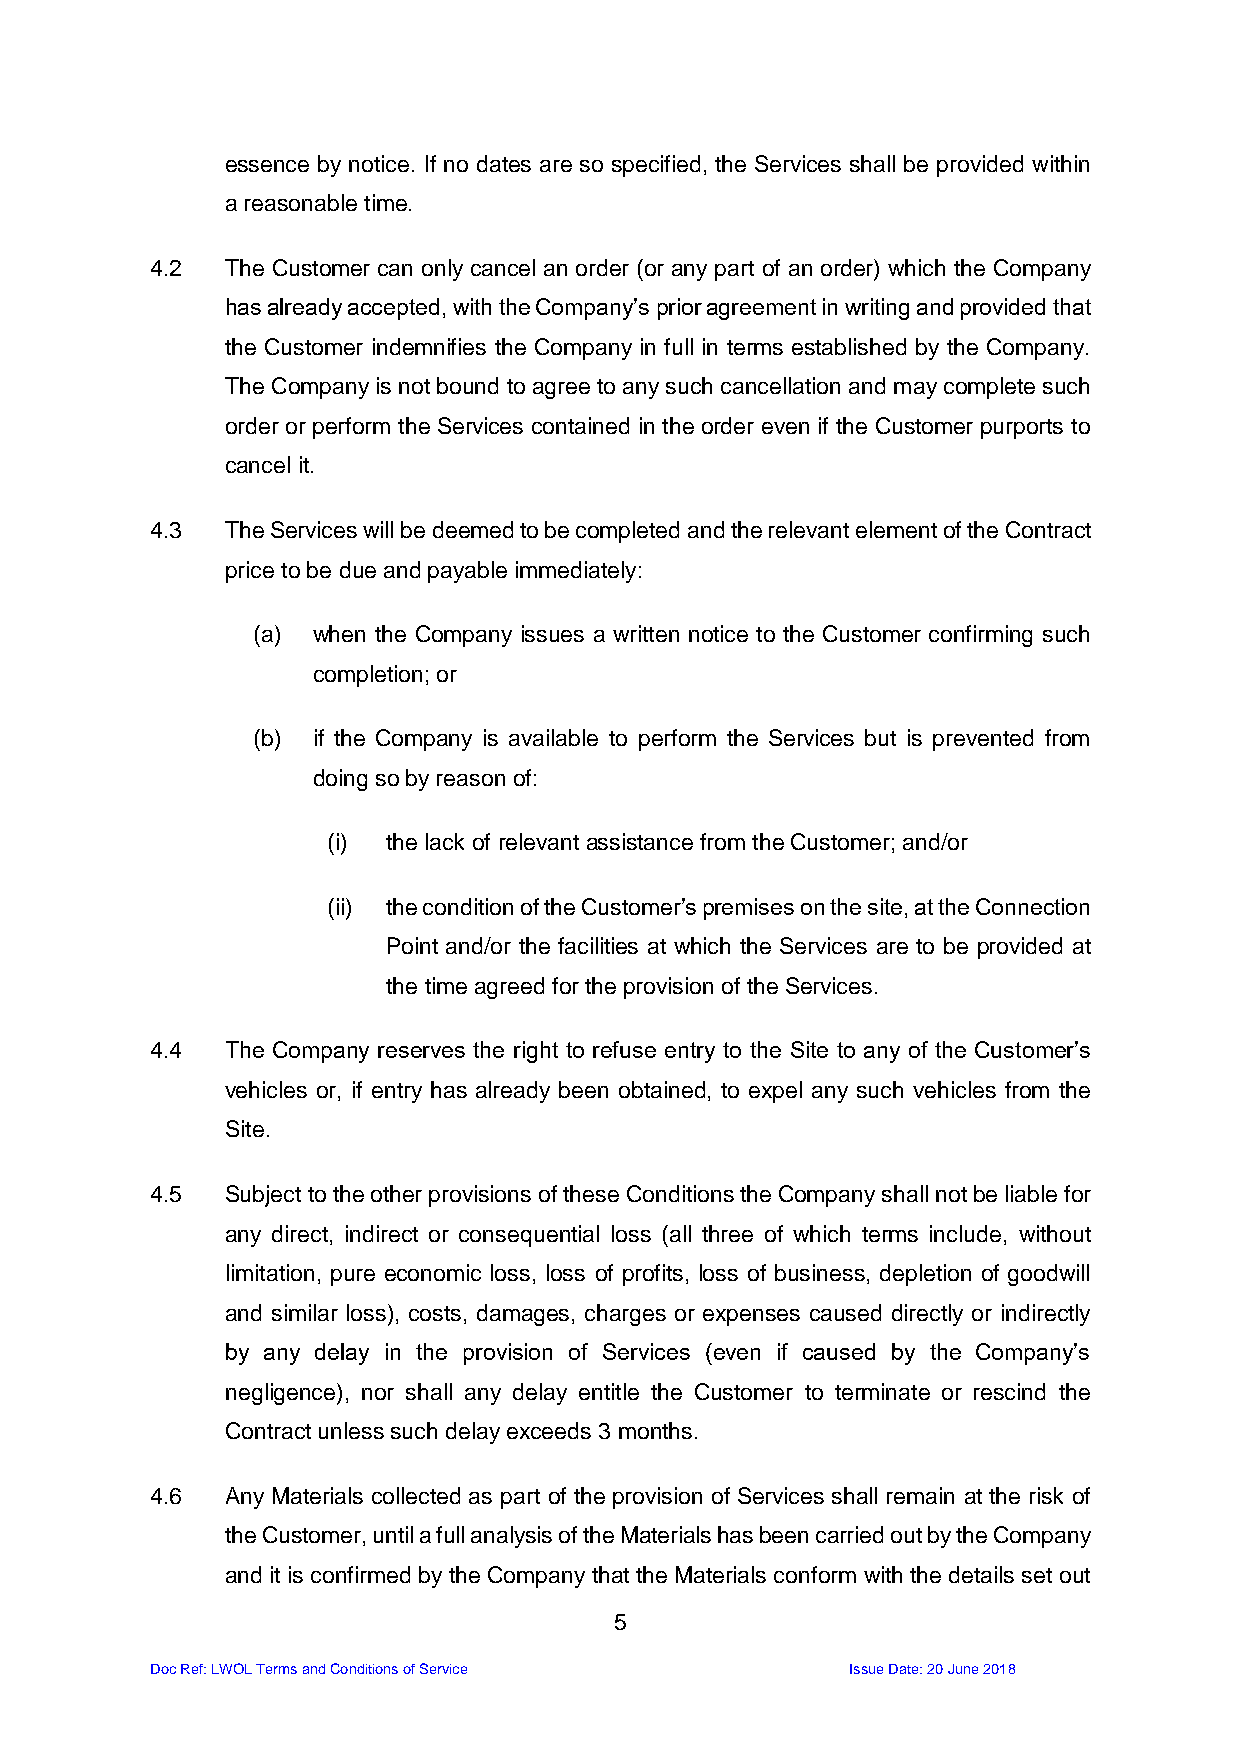
essence by notice. If no dates are so specified, the Services shall be provided within
 a reasonable time.
 4.2  The Customer can only cancel an order (or any part of an order) which the Company
 has already accepted, with the Company’s prior agreement in writing and provided that
 the Customer indemnifies the Company in full in terms established by the Company.
 The Company is not bound to agree to any such cancellation and may complete such
 order or perform the Services contained in the order even if the Customer purports to
 cancel it.
 4.3  The Services will be deemed to be completed and the relevant element of the Contract
 price to be due and payable immediately:
 (a) when the Company issues a written notice to the Customer confirming such
 completion; or
 (b) if the Company is available to perform the Services but is prevented from
 doing so by reason of:
 (i) the lack of relevant assistance from the Customer; and/or
 (ii) the condition of the Customer’s premises on the site, at the Connection
 Point and/or the facilities at which the Services are to be provided at
 the time agreed for the provision of the Services.
 4.4  The Company reserves the right to refuse entry to the Site to any of the Customer’s
 vehicles or, if entry has already been obtained, to expel any such vehicles from the
 Site.
 4.5  Subject to the other provisions of these Conditions the Company shall not be liable for
 any direct, indirect or consequential loss (all three of which terms include, without
 limitation, pure economic loss, loss of profits, loss of business, depletion of goodwill
 and similar loss), costs, damages, charges or expenses caused directly or indirectly
 by any delay in the provision of Services (even if caused by the Company’s
 negligence), nor shall any delay entitle the Customer to terminate or rescind the
 Contract unless such delay exceeds 3 months.
 4.6  Any Materials collected as part of the provision of Services shall remain at the risk of
 the Customer, until a full analysis of the Materials has been carried out by the Company
 and it is confirmed by the Company that the Materials conform with the details set out
 5
 Doc Ref: LWOL Terms and Conditions of Service Issue Date: 20 June 2018